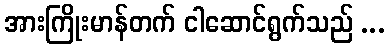
အားကြိုးမာန်တက် ငါဆောင်ရွက်သည် ...